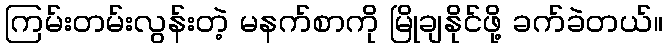
ကြမ်းတမ်းလွန်းတဲ့ မနက်စာကို မြိုချနိုင်ဖို့ ခက်ခဲတယ်။